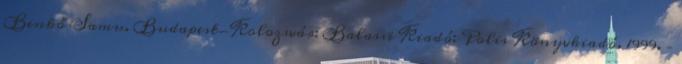
Benkő Samu. Budapest-Kolozsvár: Balassi Kiadó; Polis Könyvkiadó, 1999. –